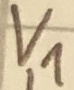
Text: V1